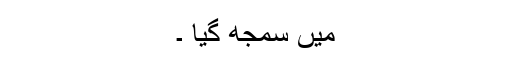
میں سمجھ گیا ۔